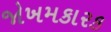
જોખમકારક